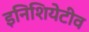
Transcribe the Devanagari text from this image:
इनिशियेटीव